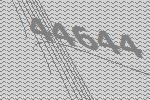
44644